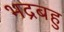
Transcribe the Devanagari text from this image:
भद्रबहु